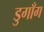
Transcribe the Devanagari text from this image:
डुगाँग